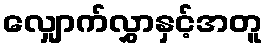
လျှောက်လွှာနှင့်အတူ